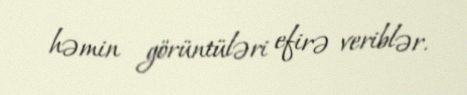
həmin görüntüləri efirə veriblər.